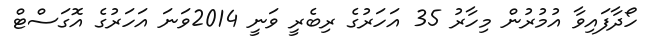
ހޯދާފައިވާ އުމުރުން މިހާރު 35 އަހަރުގެ ރިބެރީ ވަނީ 2014ވަނަ އަހަރުގެ އޮގަސްޓް